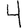
Digit: 4